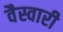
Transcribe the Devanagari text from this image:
वैस्वारी